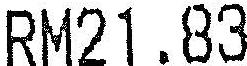
RM21.83